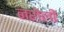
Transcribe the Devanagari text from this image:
नरोली